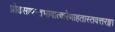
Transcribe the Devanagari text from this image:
प्रोढसापन्तभावात्करेणाहतास्तवत्तरङ्गा